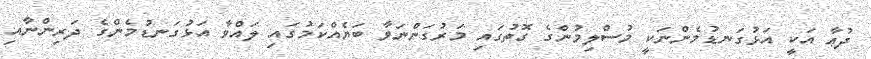
ދުޢާ އަކީ އަޅުގަނޑުމެންނަކީ މުސްލިމުންގެ ގޮތުގައި މަރުގަންނަވާ ބަޔެއްކަމުގައި ލައްވާ އަޅުގަނޑުމެންގެ ދަރިންނާއި